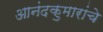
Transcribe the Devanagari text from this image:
आनंदकुमारांचे